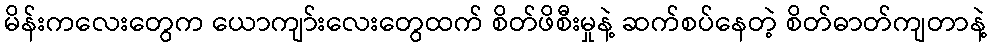
မိန်းကလေးတွေက ယောကျာ်းလေးတွေထက် စိတ်ဖိစီးမှုနဲ့ ဆက်စပ်နေတဲ့ စိတ်ဓာတ်ကျတာနဲ့